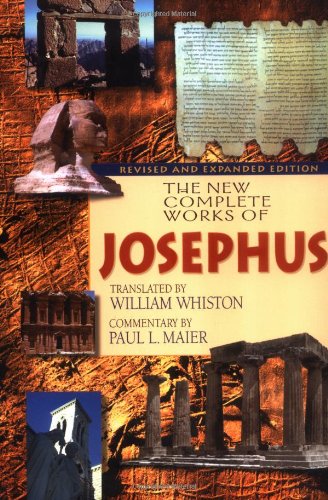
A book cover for The New Complete Works of Josephus; Religion & Spirituality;